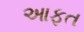
આફત